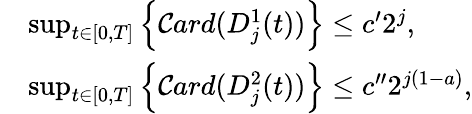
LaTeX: \begin{array}{rl}&{\operatorname*{sup}_{t\in[0,T]}\left\lbrace{\cal C}ard(D_{j}^{1}(t))\right\rbrace\le c^{\prime}2^{j},}\\ &{\operatorname*{sup}_{t\in[0,T]}\left\lbrace{\cal C}ard(D_{j}^{2}(t))\right\rbrace\le c^{\prime\prime}2^{j(1-a)},}\end{array}